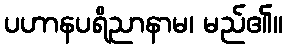
ပဟာနပရိညာနာမ၊ မည်၏။